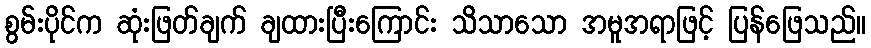
စွမ်းပိုင်က ဆုံးဖြတ်ချက် ချထားပြီးကြောင်း သိသာသော အမူအရာဖြင့် ပြန်ဖြေသည်။